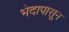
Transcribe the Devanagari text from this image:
भेदापासून